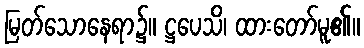
မြတ်သောနေရာ၌။ ဋ္ဌပေသိ၊ ထားတော်မူ၏။